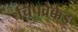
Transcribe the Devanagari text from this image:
चिपव्रेक्केड